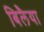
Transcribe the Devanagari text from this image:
बिलैया